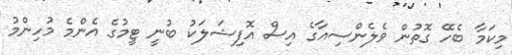
މިކަމާ ބެހޭ ގޮތުން ވެލެންސިއާގެ އިސް އޮފިޝަލަކު ބުނީ ޓީމުގެ އެންމެ މުހިންމު